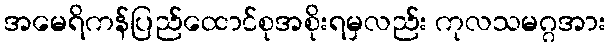
အမေရိကန်ပြည်ထောင်စုအစိုးရမှလည်း ကုလသမဂ္ဂအား